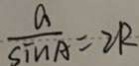
\frac { a } { \sin A } = 2 R